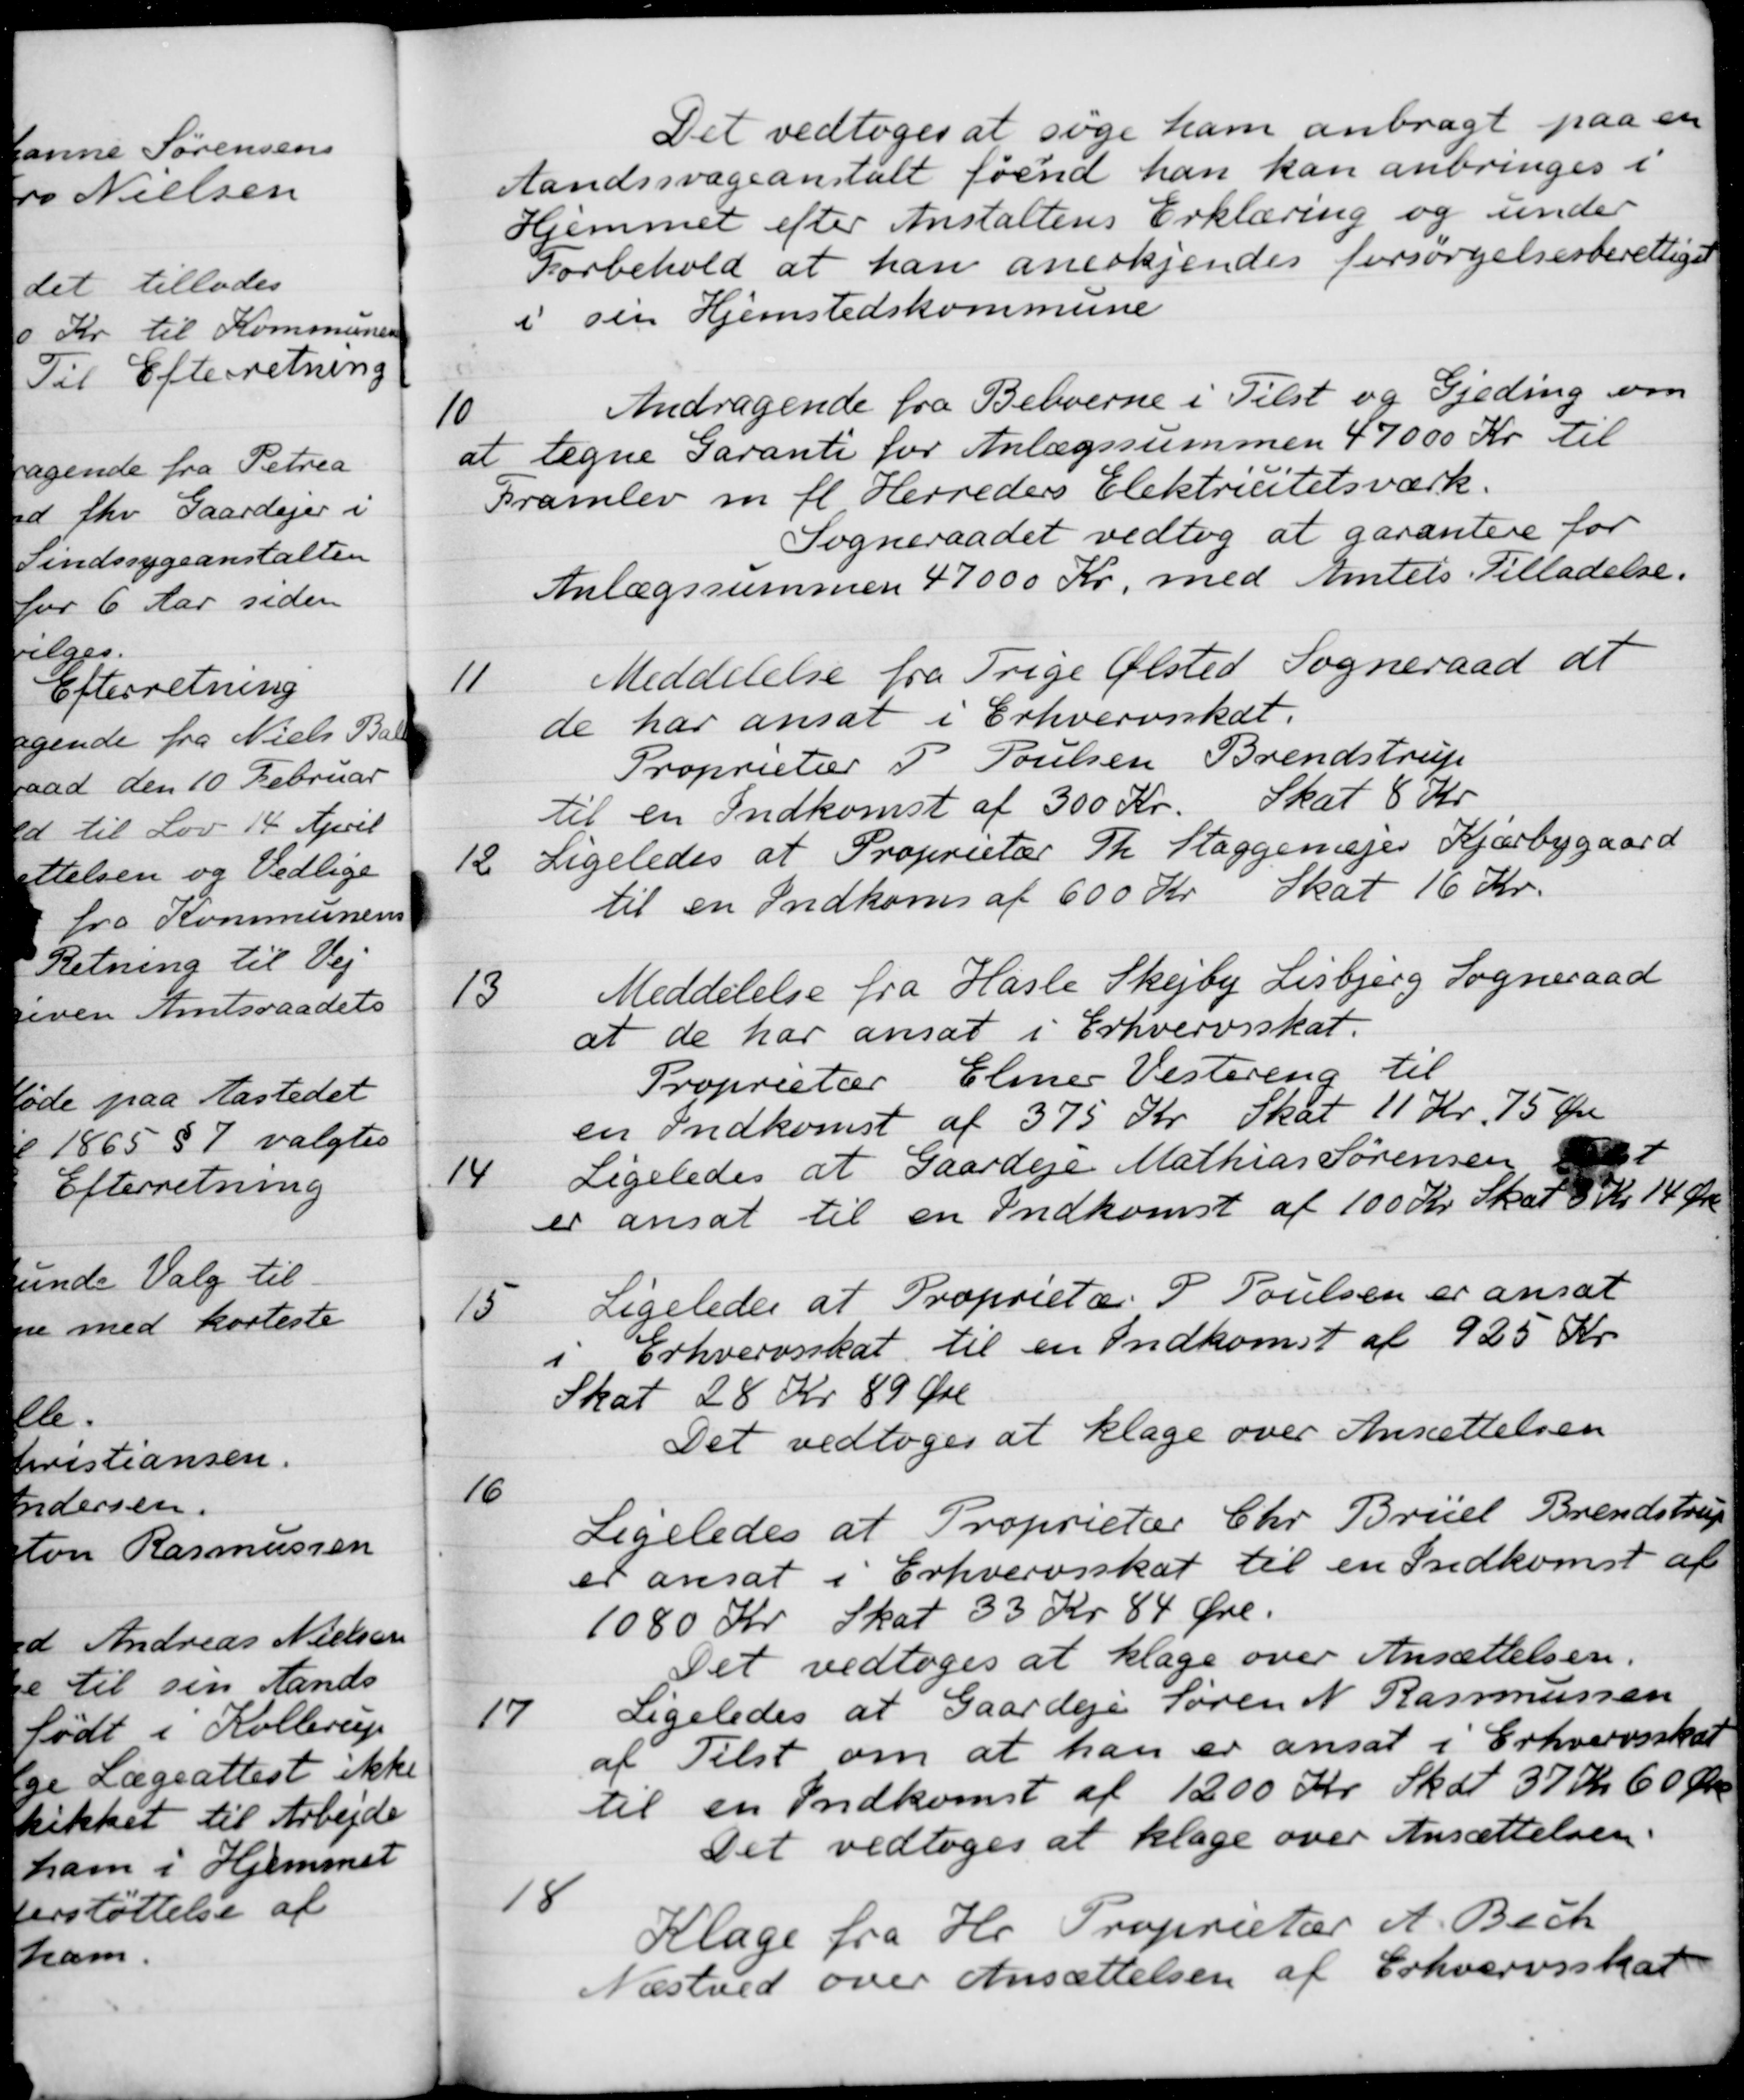
Transskription:
Det vedtoges at søge ham anbragt paa en
Aandssvageanstalt føend han kan anbringes i
Hjemmet efter Anstaltens Erklæring og under
Forbehold at han anerkjendes forsørgelsesberettiget
i sin Hjemstedskommune
10
Andragende fra Beboerne i Tilst og Gjeding om
at tegne Garanti for Anlægssummen 47000 Kr. til
Framlev m. fl. Herreders Elektricitetsværk.
Sogneraadet vedtog at garantere for
Anlægssummen 47000 Kr. med Amtets Tilladelse.
11
Meddelelse fra Trige Ølsted Sogneraad at
de har ansat i Erhvervsskat.
Proprietær P. Poulsen Brendstrup
Skat 8 Kr
til en Indkomst af 300 Kr.
12
Ligeledes at Proprietær Th. Staggemejer Kjærbygaard
til en Indkoms af 600 Kr Skat 16 Kr.
13
Meddelelse fra Hasle Skejby Lisbjerg Sogneraad
at de har ansat i Erhvervsskat.
Proprietær Elmer Vestereng til
en Indkomst af 375 Kr Skat 11 Kr. 75 Øre
14
Ligeledes at Gaardeje Mathias Sørensen Tilst
er ansat til en Indkomst af 100 Kr. Skat 8 Kr 14 Øre
15
Ligeledes at Proprietær P Poulsen er ansat
i Erhvervsskat til en Indkomst af 925 Kr.

Skat 28 Kr 89 Øre
Det vedtoges at klage over Ansættelsen
16
Ligeledes at Proprietær Chr. Büiel Brendstrup
er ansat i Erhvervsskat til en Indkomst af 
1080 Kr Skat 33 Kr 84 Øre.
Det vedtoges at klage over Ansættelsen.
17
Ligeledes at Gaardeje Søren N. Rasmussen
af Tilst om at han er ansat i Erhvervsskat
til en Indkomst af 1200 Kr. Skat 37 Kr 60 Øre
Det vedtoges at klage over Ansættelsen.
18
Klage fra Hr Proprietær A. Bech
Næstved over Ansættelsen af Erhvervsskat